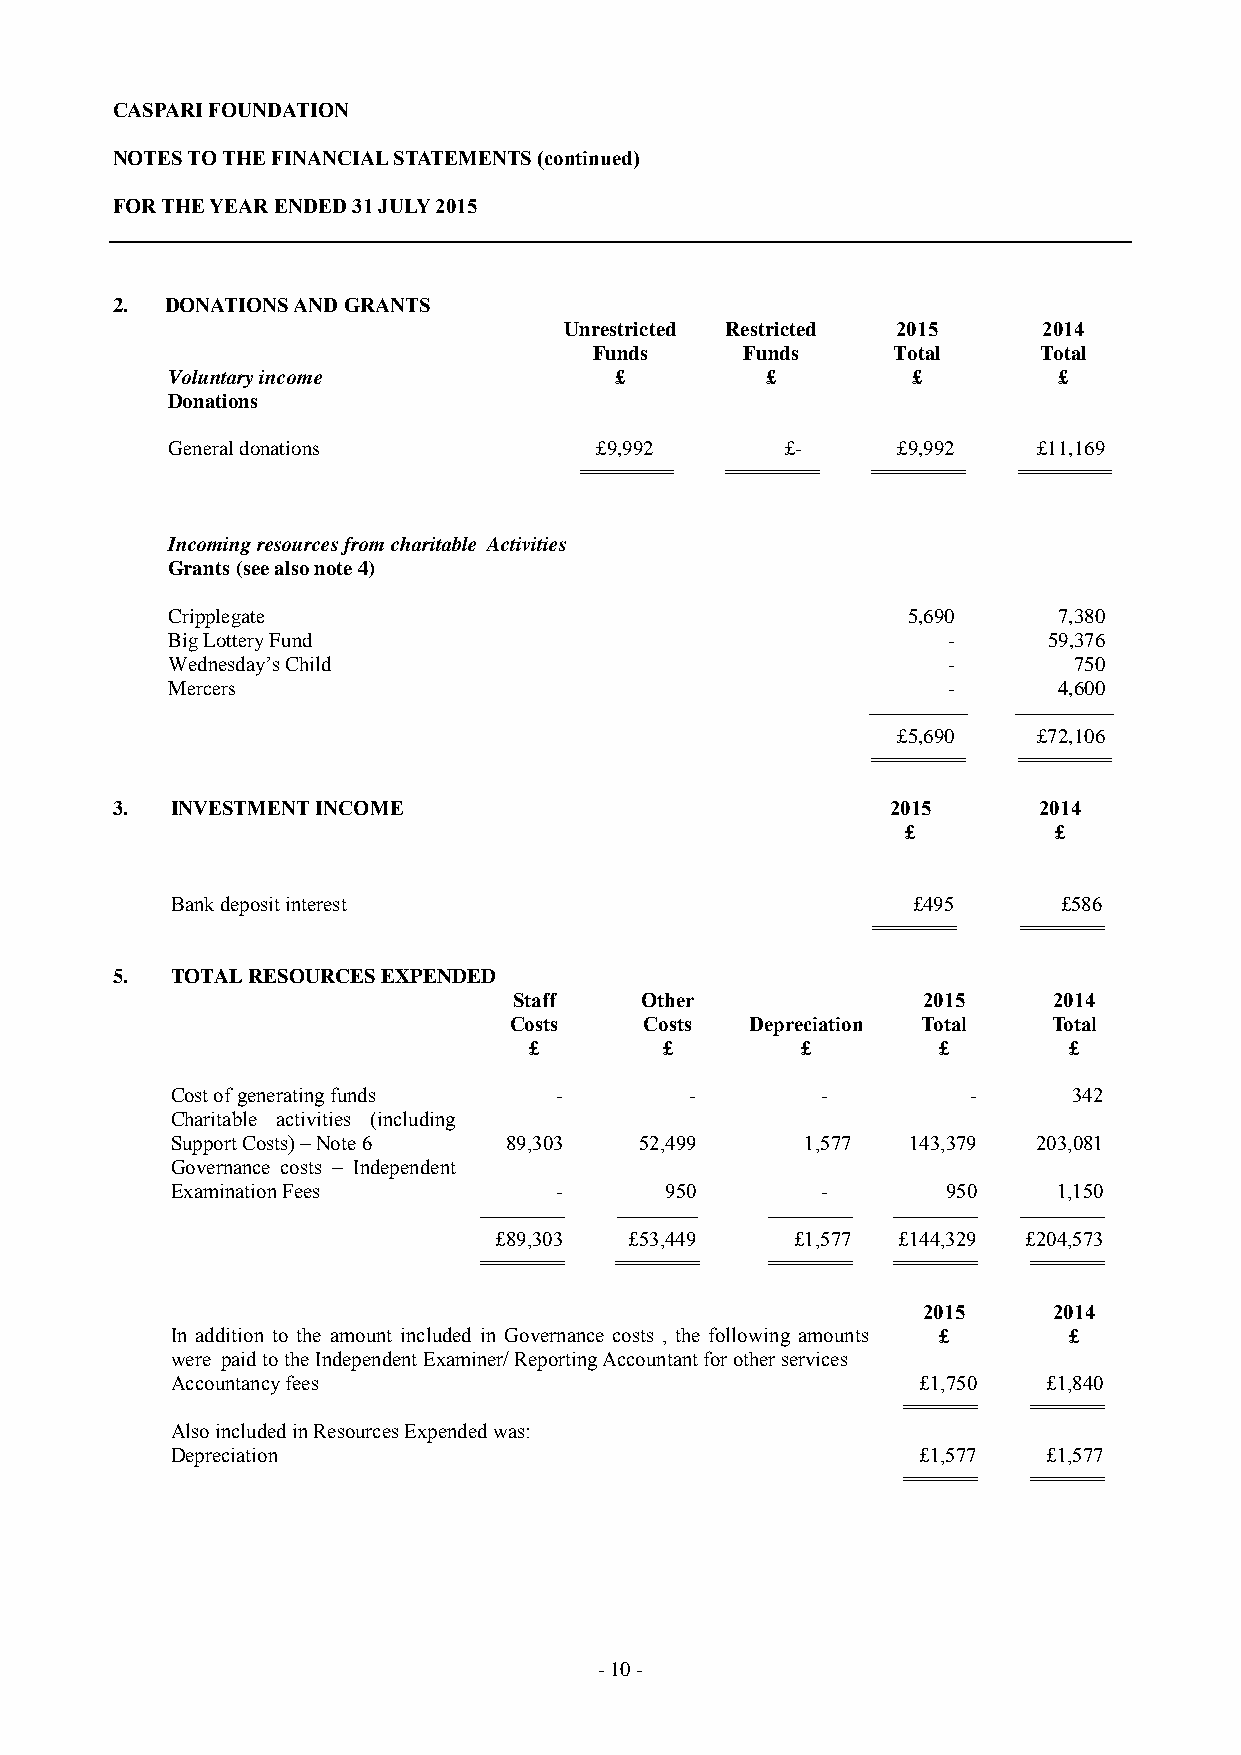
CASPARI FOUNDATION
 NOTES TO THE FINANCIAL STATEMENTS (continued)
 FOR THE YEAR ENDED 31 JULY 2015
 2.  DONATIONS AND GRANTS
 Unrestricted Restricted 2015    2014
 Funds     Funds     Total     Total
 Voluntary income              £         £        £         £
 Donations
 General donations           £9,992       £-     £9,992    £11,169
 ========== ========== ========== ==========
 Incoming resources from charitable Activities
 Grants (see also note 4)
 Cripplegate                                      5,690     7,380
 Big Lottery Fund                                    -     59,376
 Wednesday’s Child                                   -       750
 Mercers                                             -      4,600
 ---------------------- ----------------------
 £5,690    £72,106
 ========== ==========
 3.  INVESTMENT INCOME                               2015      2014
 £         £
 Bank deposit interest                            £495      £586
 ========= =========
 5.  TOTAL RESOURCES EXPENDED
 Staff   Other              2015     2014
 Costs    Costs  Depreciation Total  Total
 £        £        £        £        £
 Cost of generating funds  -        -       -         -      342
 Charitable activities (including
 Support Costs) – Note 6 89,303 52,499     1,577  143,379  203,081
 Governance costs – Independent
 Examination Fees          -      950       -        950    1,150
 ------------------- ------------------ ------------------- ------------------- -------------------
 £89,303  £53,449    £1,577 £144,329 £204,573
 ========= ========= ========= ========= ========
 2015     2014
 In addition to the amount included in Governance costs , the following amounts £ £
 were paid to the Independent Examiner/ Reporting Accountant for other services
 Accountancy fees                                  £1,750  £1,840
 ======== ========
 Also included in Resources Expended was:
 Depreciation                                      £1,577  £1,577
 ======== ========
 - 10 -